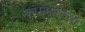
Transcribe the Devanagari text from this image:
कोमपोस्तेला